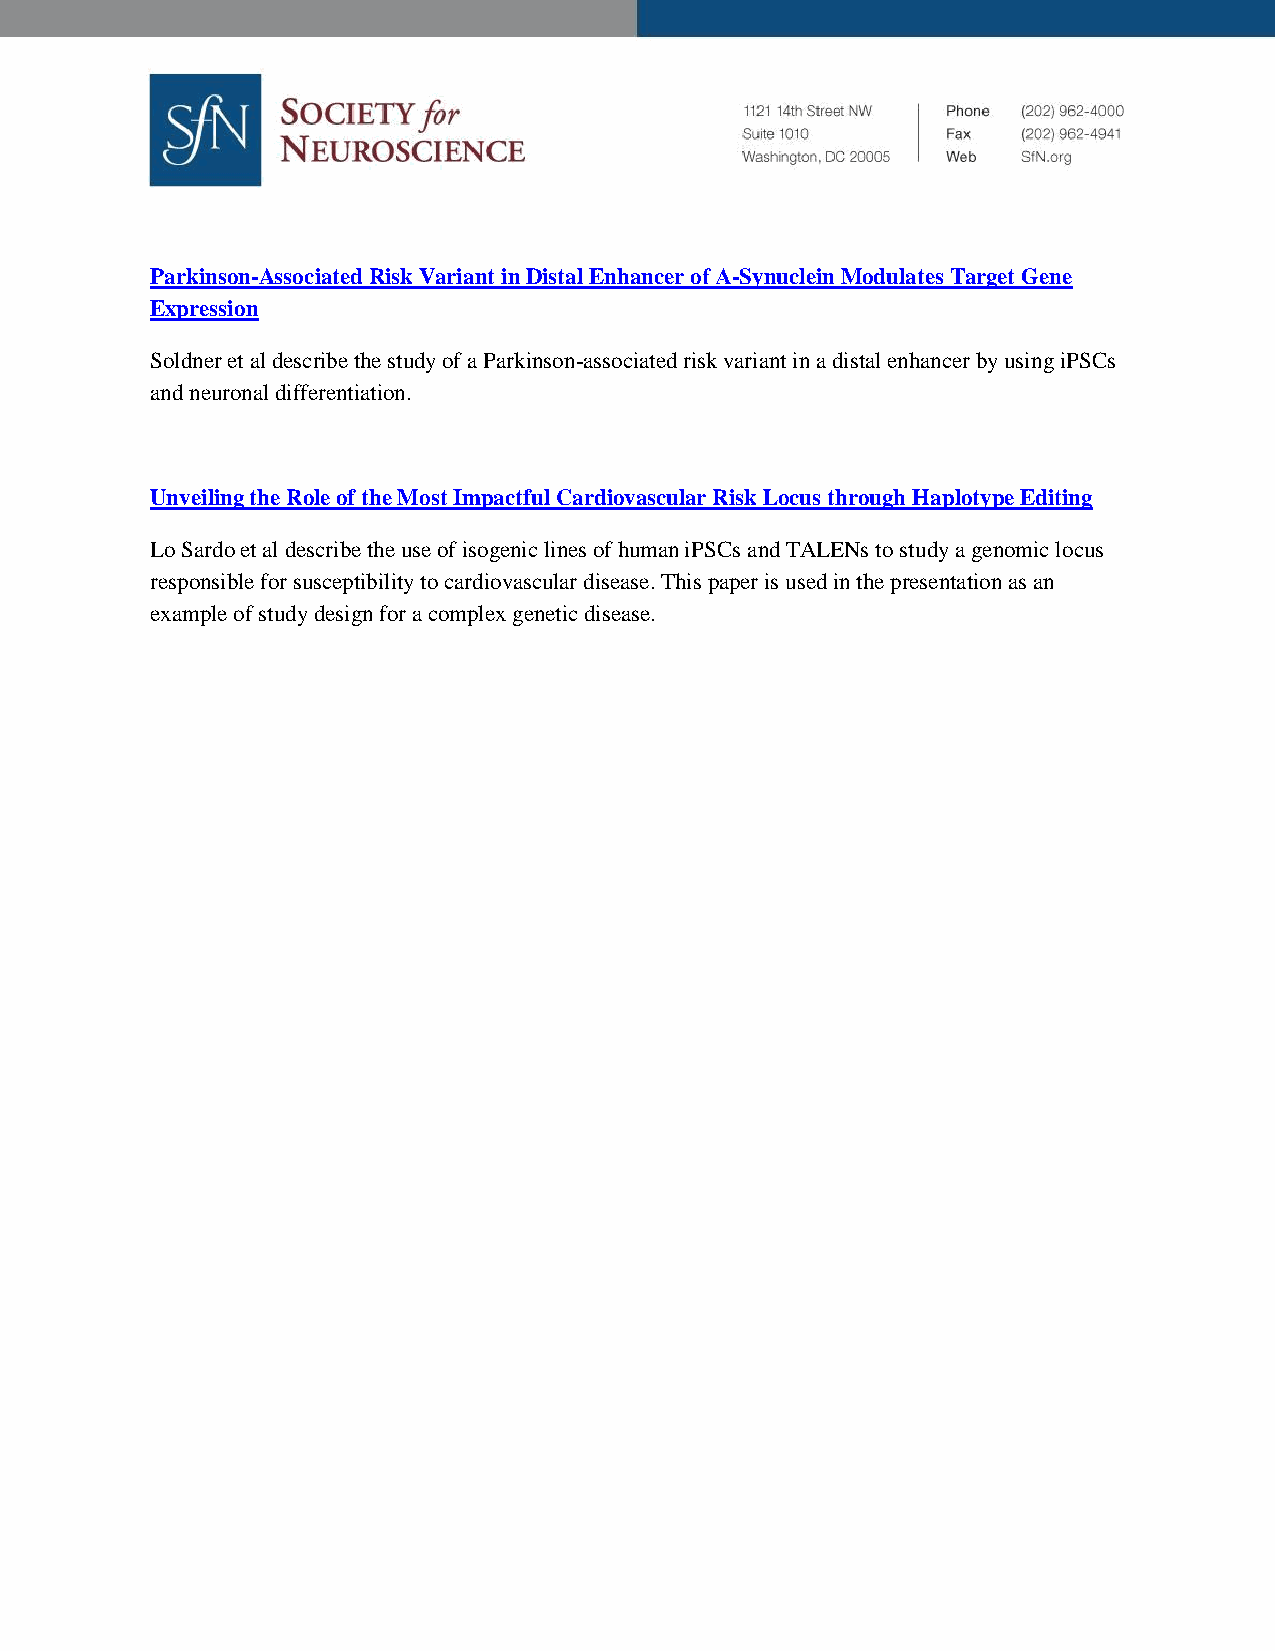
Parkinson-Associated Risk Variant in Distal Enhancer of Α-Synuclein Modulates Target Gene
 Expression
 Soldner et al describe the study of a Parkinson-associated risk variant in a distal enhancer by using iPSCs
 and neuronal differentiation.
 Unveiling the Role of the Most Impactful Cardiovascular Risk Locus through Haplotype Editing
 Lo Sardo et al describe the use of isogenic lines of human iPSCs and TALENs to study a genomic locus
 responsible for susceptibility to cardiovascular disease. This paper is used in the presentation as an
 example of study design for a complex genetic disease.